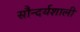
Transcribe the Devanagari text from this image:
सौन्दर्यशाली